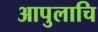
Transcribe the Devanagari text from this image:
आपुलाचि